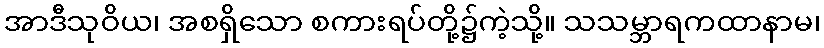
အာဒီသုဝိယ၊ အစရှိသော စကားရပ်တို့၌ကဲ့သို့။ သသမ္ဘာရကထာနာမ၊